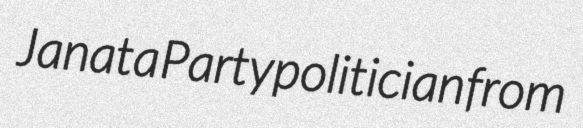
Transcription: Janata Party politician from